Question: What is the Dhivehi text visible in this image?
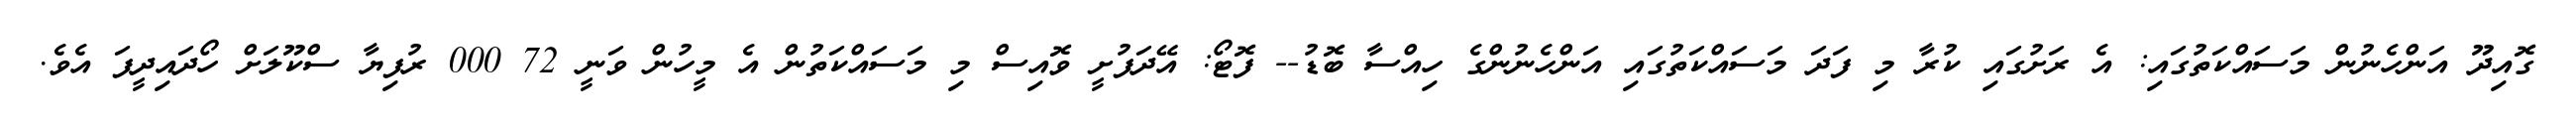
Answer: ގޮއިދޫ އަންހެނުން މަސައްކަތުގައި: އެ ރަށުގައި ކުރާ މި ފަދަ މަސައްކަތުގައި އަންހެނުންގެ ހިއްސާ ބޮޑު-- ފޮޓޯ: އޭދަފުށީ ވޮއިސް މި މަސައްކަތުން އެ މީހުން ވަނީ 72 000 ރުފިޔާ ސްކޫލަށް ހޯދައިދީފަ އެވެ.